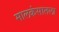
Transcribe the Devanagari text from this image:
मालकंसातला